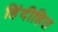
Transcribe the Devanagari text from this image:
हिंदीहित